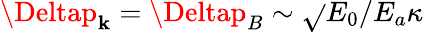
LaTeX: \Deltap_{\mathbf{k}}=\Deltap_{B}\sim\sqrt{}{{E_{0}/E_{a}}}\kappa